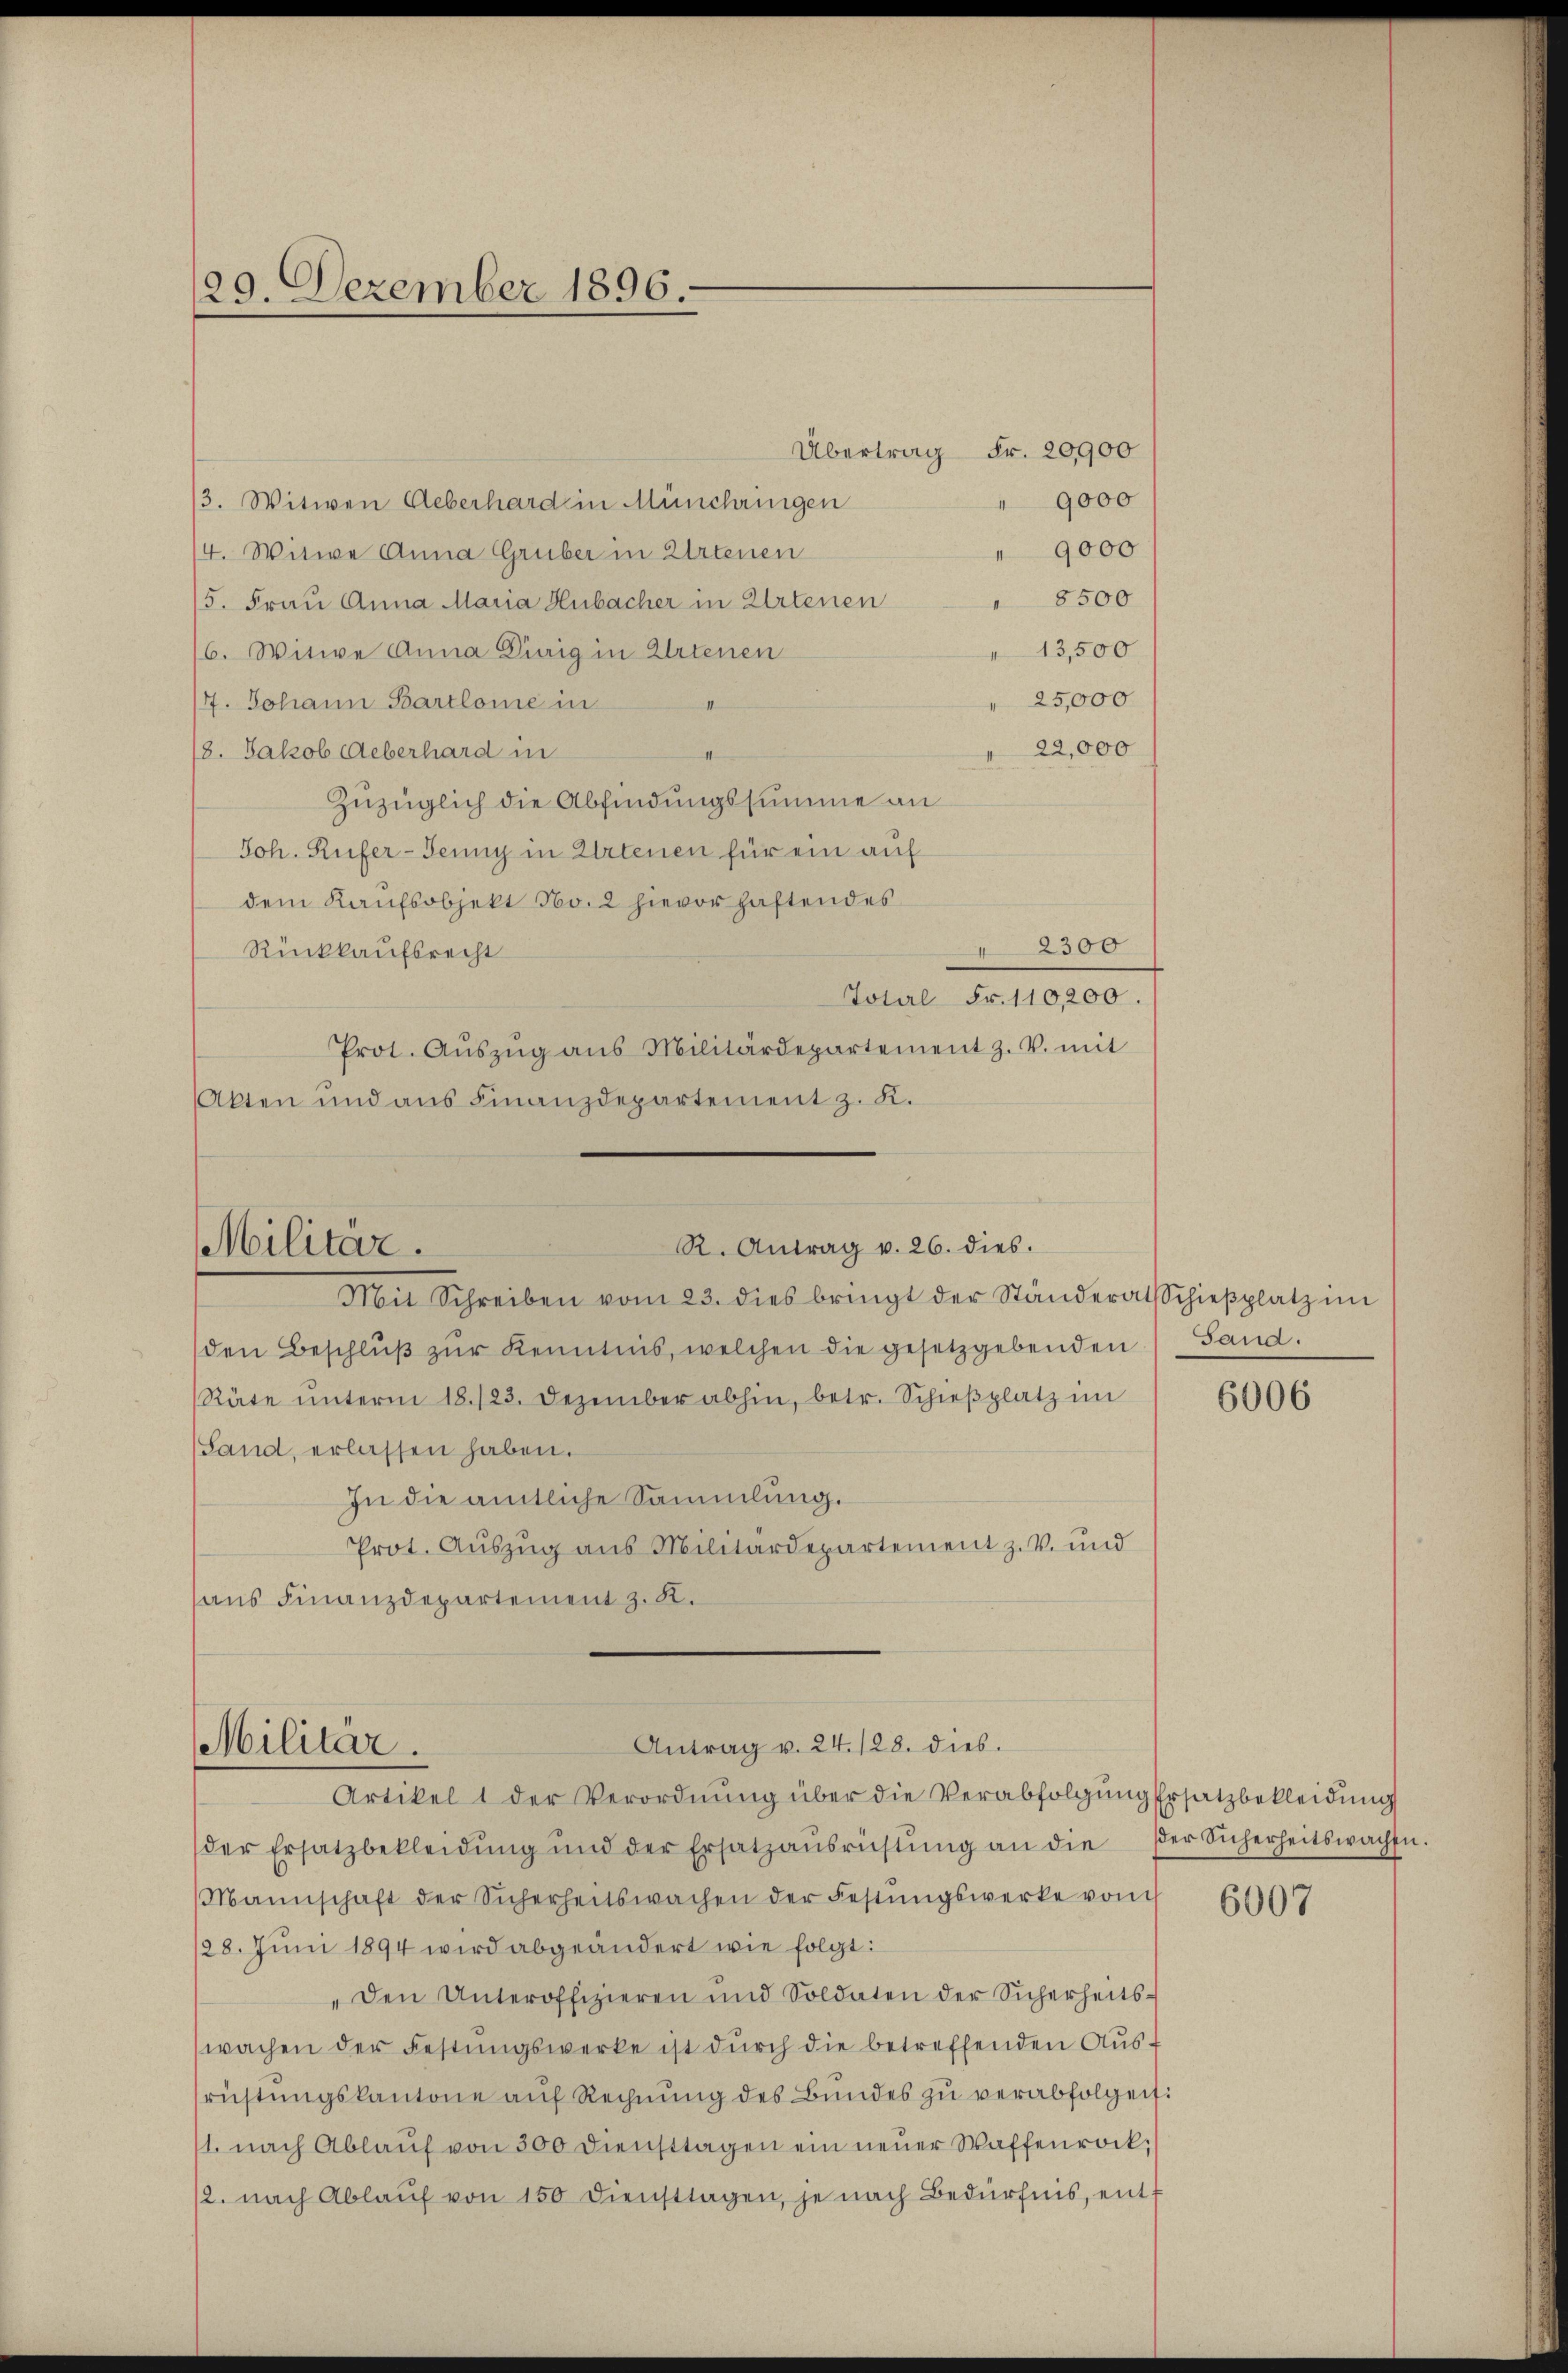
29. Dezember 1896.

R. Antrag v. 26. dies.
Militär.
Mit Schreiben vom 23. dies bringt der Ständerat Schieβplatz im

Antrag v. 24. 128. dies.
Militär.
Artikel 1 der Verordnŭng über die Verabfolgŭng Ersatzbekleidung

Übertrag Fr. 20900
9000
3. Witwen Ueberhard in Münchringen
" 9000
/4. Witwe Anna Gruber in Artenen
 8500
15. Frau Anna Maria Hubacher in Artenen
6. Witwe Anna Dirig in Artenen
13,500
25,000
/7. Johann Bartlome in
22,000
18. Jakob Ueberhard in
Zuzüglich die Abfindungssumme an
Joh. Rufer- Jenny in Artenen für ein auf
dem Kaufsobjekt No. 2 hievor haftendes
2300
Rückkaufsrecht
Total Fr. 110,200.
Prot. Aŭszŭg ans Militärdepartement z. V. mit
Akten und ans Finanzdepartement z. K.

den Beschlŭβ zŭr Kenntnis, welchen die gesetzgebenden Sand.
Räte ŭnterm 18./23. Dezember abhin, betr. Schieβplatz im
Land, erlassen haben.
In die amtliche Sammlung.
Prot. Auszug aus Militärdepartement z. V. und
aus Finanzdepartement z. K.

der Ersatzbekleidŭng und der Ersatzaŭsrüstŭng an die der Sicherheitswachen.
Mannschaft der Sicherheitswachen der Festŭngswerke von
128. Juni 1894 wird abgeändert wie folgt:
„den Unteroffizieren und Soldaten der Sicherheitswachen der Festŭngswerke ist dŭrch die betreffenden Aŭs-
rüstŭngskantone aŭf Rechnŭng des Bŭndes zŭ verabfolgen:
1. nach Ablaŭf von 300 Diensttagen ein neuer Waffenrock.
/2. nach Ablaŭf von 150 diensttagen, je nach Bedürfnis, ent¬

6006

6007